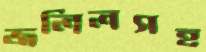
জলিলসহ